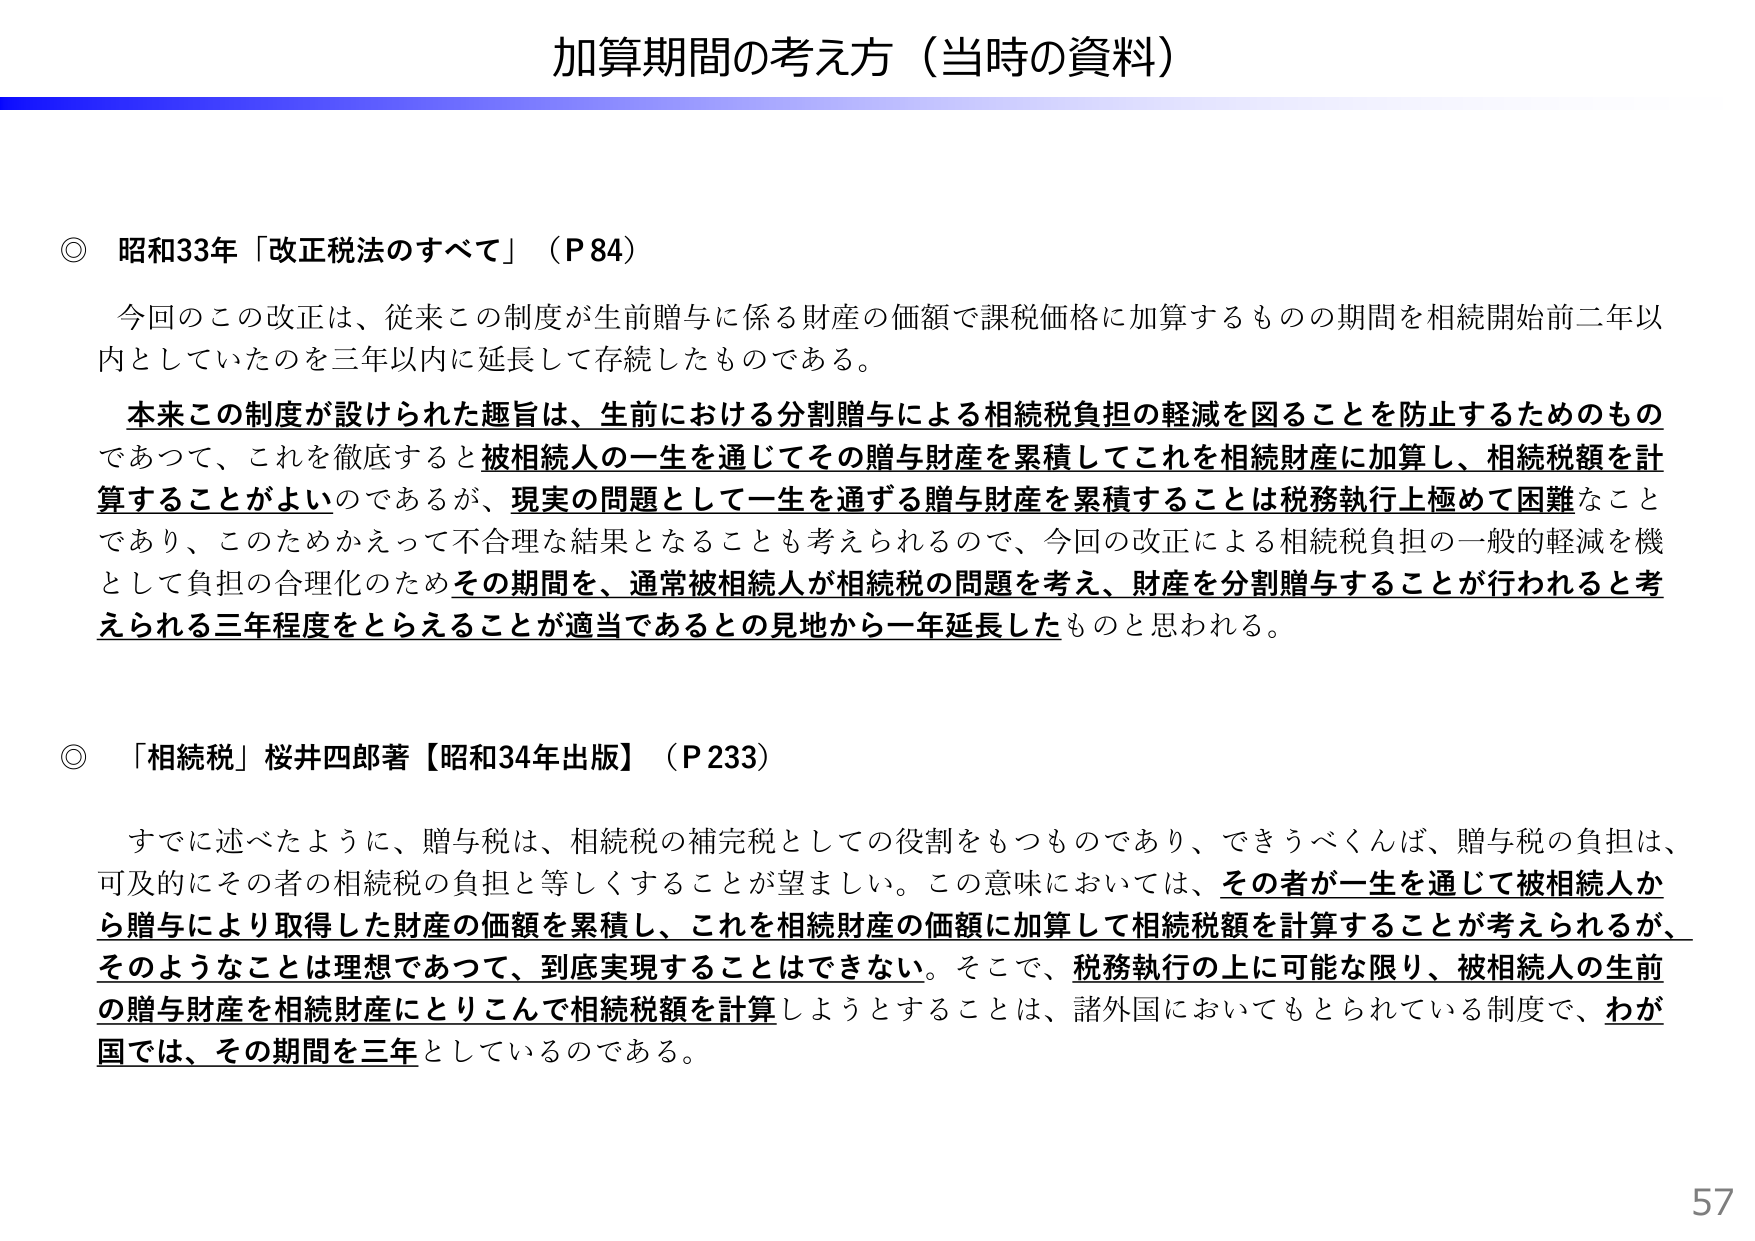
加算期間の考え方（当時の資料）

◎ 昭和33年「改正税法のすべて」（P84）

今回のこの改正は、従来この制度が生前贈与に係る財産の価額で課税価格に加算するものの期間を相続開始前二年以内としていたのを三年以内に延長して存続したものである。

本来この制度が設けられた趣旨は、生前における分割贈与による相続税負担の軽減を図ることを防止するためのものであって、これを徹底すると被相続人の一生を通じてその贈与財産を累積してこれを相続財産に加算し、相続税額を計算することがよいのであるが、現実の問題として一生を通ずる贈与財産を累積することは税務執行上極めて困難なことであり、このためかえって不合理な結果となることも考えられるので、今回の改正による相続税負担の一般的軽減を機として負担の合理化のためその期間を、通常被相続人が相続税の問題を考え、財産を分割贈与することが行われると考えられる三年程度をとらえることが適当であるとの見地から一年延長したものと思われる。

◎ 「相続税」桜井四郎著【昭和34年出版】（P233）

すでに述べたように、贈与税は、相続税の補完税としての役割をもつものであり、できうべくんば、贈与税の負担は、可及的にその者の相続税の負担と等しくすることが望ましい。この意味においては、その者が一生を通じて被相続人から贈与により取得した財産の価額を累積し、これを相続財産の価額に加算して相続税額を計算することが考えられるが、そのようなことは理想であって、到底実現することはできない。そこで、税務執行の上に可能な限り、被相続人の生前の贈与財産を相続財産にとりこんで相続税額を計算しようとするることは、諸外国においてもとられている制度で、わが国では、その期間を三年としているのである。

57